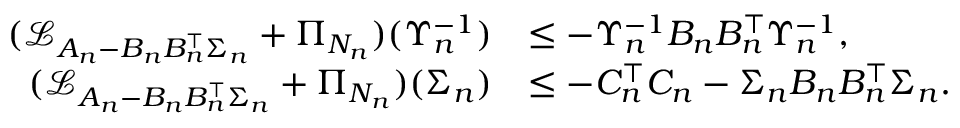
\begin{array} { r l } { ( \mathcal { L } _ { A _ { n } - B _ { n } B _ { n } ^ { \top } \Sigma _ { n } } + \Pi _ { N _ { n } } ) ( \Upsilon _ { n } ^ { - 1 } ) } & { \le - \Upsilon _ { n } ^ { - 1 } B _ { n } B _ { n } ^ { \top } \Upsilon _ { n } ^ { - 1 } , } \\ { ( \mathcal { L } _ { A _ { n } - B _ { n } B _ { n } ^ { \top } \Sigma _ { n } } + \Pi _ { N _ { n } } ) ( \Sigma _ { n } ) } & { \le - C _ { n } ^ { \top } C _ { n } - \Sigma _ { n } B _ { n } B _ { n } ^ { \top } \Sigma _ { n } . } \end{array}